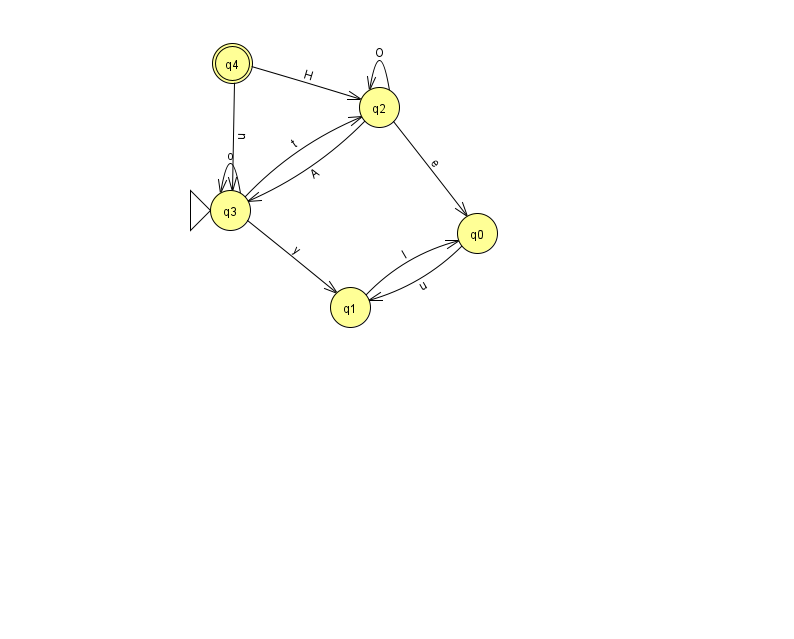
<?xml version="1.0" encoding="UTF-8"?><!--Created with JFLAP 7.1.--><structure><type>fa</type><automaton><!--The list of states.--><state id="0" name="q0"><x>477.0</x><y>220.0</y></state><state id="1" name="q1"><x>350.0</x><y>294.0</y></state><state id="2" name="q2"><x>379.0</x><y>94.0</y></state><state id="3" name="q3"><x>230.0</x><y>197.0</y><initial/></state><state id="4" name="q4"><x>232.0</x><y>50.0</y><final/></state><!--The list of transitions.--><transition><from>2</from><to>0</to><read>e</read></transition><transition><from>4</from><to>2</to><read>H</read></transition><transition><from>1</from><to>0</to><read>l</read></transition><transition><from>2</from><to>3</to><read>A</read></transition><transition><from>3</from><to>1</to><read>y</read></transition><transition><from>3</from><to>2</to><read>t</read></transition><transition><from>0</from><to>1</to><read>u</read></transition><transition><from>4</from><to>3</to><read>u</read></transition><transition><from>2</from><to>2</to><read>O</read></transition><transition><from>3</from><to>3</to><read>o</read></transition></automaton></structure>